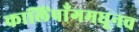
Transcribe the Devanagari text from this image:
कालिंपाँगमधूनच